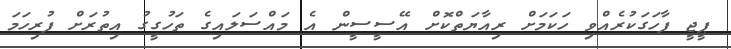
ޕީޖީ ފާހަގަކުރެއްވި ހަކަމަށް ރިއާޔަތްކޮށް އޭސީސީން އެ މައްސަލައިގެ ތަހުގީގު އިތުރަށް ފުރިހަމަ